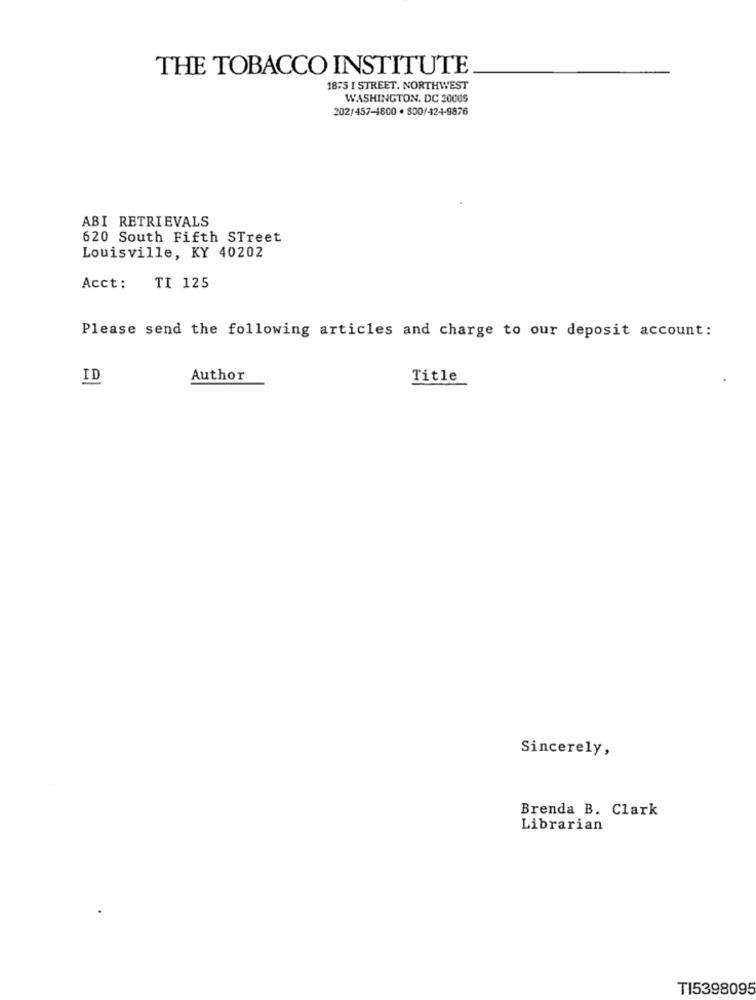
THE TOBACCO INSTITUTE
1875 I STREET, NORTHWEST
WASHINGTON, DC 2000S
202/457-1800 · 800/424-9876
ABI RETRIEVALS
620 South Fifth STreet
Louisville, KY 40202
Acct:
TI 125
Please send the following articles and charge to our deposit account:
ID
Author
Title
Sincerely,
Brenda B. Clark
Librarian
TI5398095